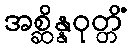
အစ္ဆိန္နဝုတ္တိံ